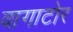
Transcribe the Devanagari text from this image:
वागाटोर